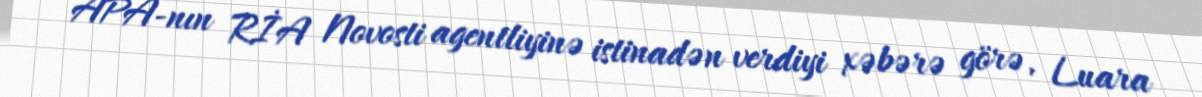
APA-nın RİA Novosti agentliyinə istinadən verdiyi xəbərə görə, Luara